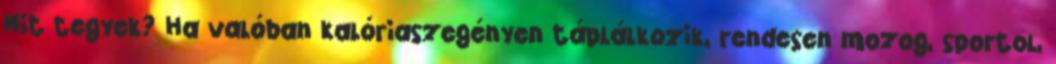
Mit tegyek? Ha valóban kalóriaszegényen táplálkozik, rendesen mozog, sportol,